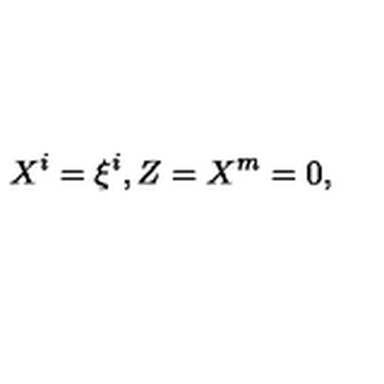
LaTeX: X ^ { i } = \xi ^ { i } , Z = X ^ { m } = 0 ,